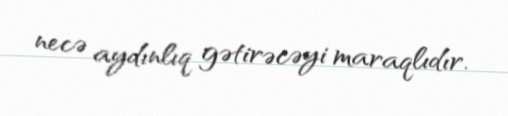
necə aydınlıq gətirəcəyi maraqlıdır.